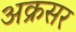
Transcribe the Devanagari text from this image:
अक्रसर